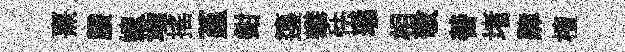
熹賸嫁埵摇堇鉗籩攀怯璚相敬善堵肆檀